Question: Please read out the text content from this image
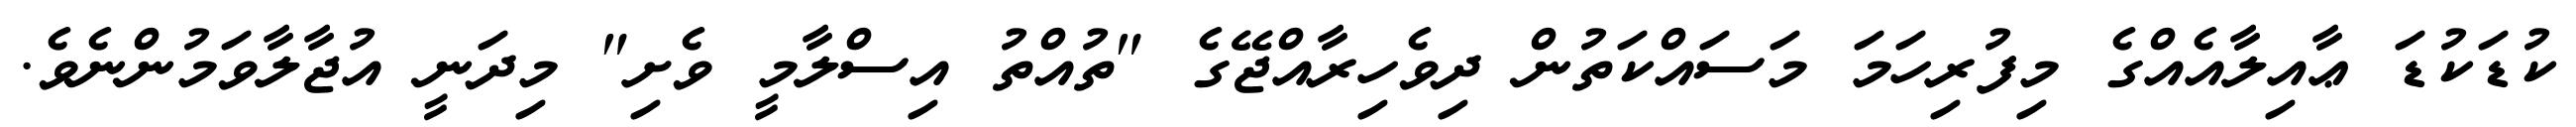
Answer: ކުޑަކުޑަ ޢާއިލާއެއްގެ މިފުރިހަމަ މަސައްކަތުން ދިވެހިރާއްޖޭގެ "ތުއްތު އިސްލާމީ ވެށި" މިދަނީ އުޖާލާވަމުންނެވެ.